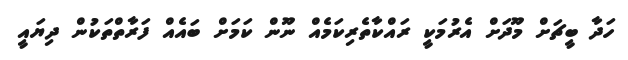
ހަދާ ބީޗަށް މޫދަށް އެރުމަކީ ރައްކާތެރިކަމެއް ނޫން ކަމަށް ބައެއް ފަރާތްތަކުން ދިޔައީ